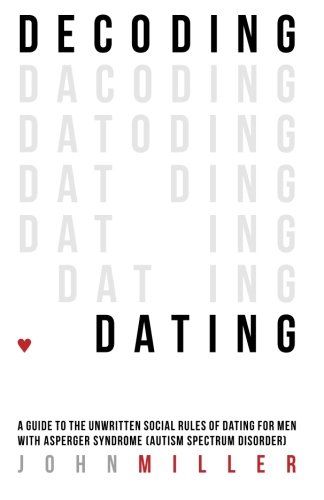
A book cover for Decoding Dating: A Guide to the Unwritten Social Rules of Dating for Men with Asperger Syndrome (Autism Spectrum Disorder); John Miller; Self-Help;